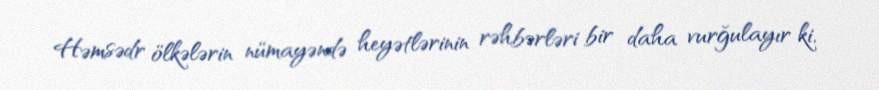
Həmsədr ölkələrin nümayəndə heyətlərinin rəhbərləri bir daha vurğulayır ki,